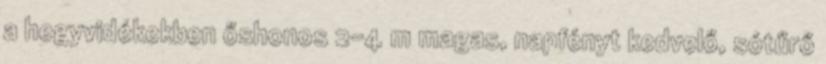
a hegyvidékekben őshonos 2-4 m magas, napfényt kedvelő, sótűrő